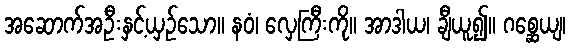
အဆောက်အဦးနှင့်ယှဉ်သော။ နဝံ၊ လှေကြီးကို။ အာဒါယ၊ ချီယူ၍။ ဂစ္ဆေယျ၊